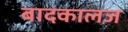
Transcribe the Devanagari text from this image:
बादकालज